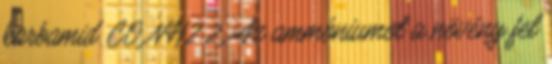
karbamid CO NH2 2. Az ammóniumot a növény fel